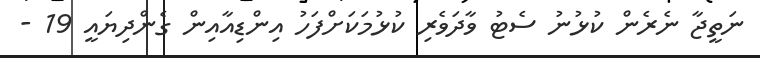
ނަތީޖާ ނެރެން ކުޅުނު ސެޓު ވާދަވެރި ކުޅުމަކަށްފަހު އިންޑިއާއިން ގެންދިޔައީ 19 -